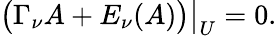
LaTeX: \bigl(\Gamma_{\nu}A+E_{\nu}(A)\bigr)\big|_{U}=0.